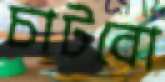
চাটবো